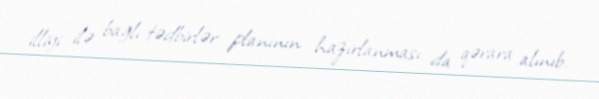
illiyi ilə bağlı tədbirlər planının hazırlanması da qərara alınıb.